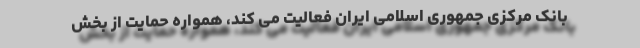
بانک مرکزی جمهوری اسلامی ایران فعالیت می کند، همواره حمایت از بخش